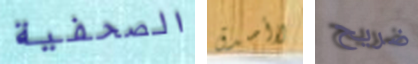
الصحفية لاأصدق ضريح